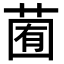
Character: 𦳩